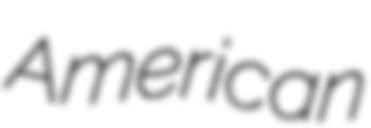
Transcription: American